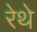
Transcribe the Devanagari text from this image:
रेथे